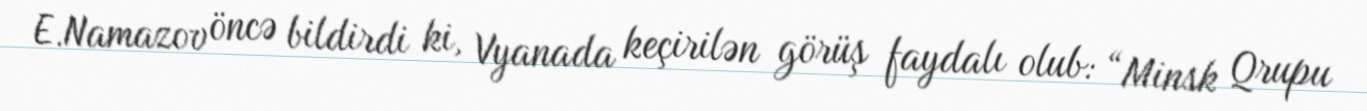
E.Namazov öncə bildirdi ki, Vyanada keçirilən görüş faydalı olub: “Minsk Qrupu